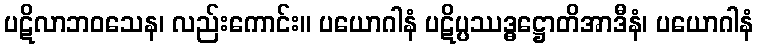
ပဋိလာဘဝသေန၊ လည်းကောင်း။ ပယောဂါနံ ပဋိပ္ပဿဒ္ဓဋ္ဌောတိအာဒီနံ၊ ပယောဂါနံ